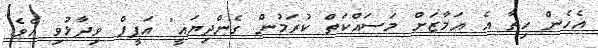
އެހެން ހިތާ އެ އަމާޒަށް މަސައްކަތް ކުރަމުން ގެންދިޔައީ" އަފީފް ވިދާޅުވި އެވެ.